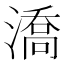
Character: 𣾷